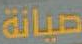
صيانة